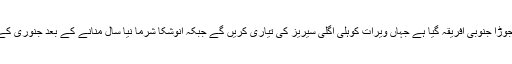
بھارتی میڈیا کا کہنا ہے کہ نو بیاہتا جوڑا جنوبی افریقہ گیا ہے جہاں ویرات کوہلی اگلی سیریز کی تیاری کریں گے جبکہ انوشکا شرما نیا سال منانے کے بعد جنوری کے پہلے ہفتے بھارت واپس آجائیں گی۔